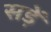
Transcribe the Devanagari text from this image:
सड़ें